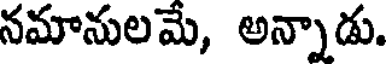
నమానులమే, అన్నాడు.